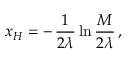
x _ { H } = - \, \frac { 1 } { 2 \lambda } \ln \frac { M } { 2 \lambda } \, ,